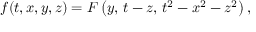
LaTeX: f ( t , x , y , z ) = F \left( y , \, t - z , \, t ^ { 2 } - x ^ { 2 } - z ^ { 2 } \right) ,